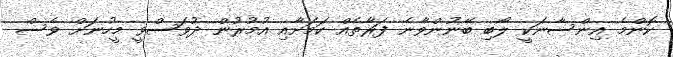
ކޮންމެ އިންސާނަކީ ލޯބި ބޭނުންވާނެ ފަރާތެއް ކަމަށާއި އުމުރުން ދުވަސްވީ މީހުނަށް ވެސް